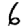
Digit: 6